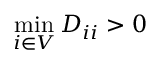
\operatorname* { m i n } _ { i \in V } D _ { i i } > 0